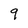
Character: 9